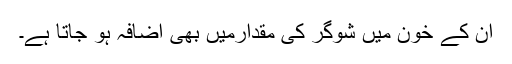
ان کے خون میں شوگر کی مقدارمیں بھی اضافہ ہو جاتا ہے۔